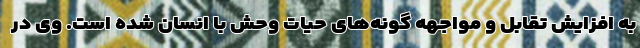
به افزایش تقابل و مواجهه گونه‌های حیات وحش با انسان شده است. وی در